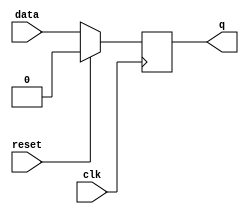
`timescale 1ns / 1ps

module dff(q,reset,data,clk);
output reg q;

input reset;
input data;
input clk;

always @(posedge clk ) //or posedge reset)

    
    if(reset) 
        begin 
        q<=1'b0;// resets the counter 
        end
    else
        begin
        q<=data;
        end


endmodule